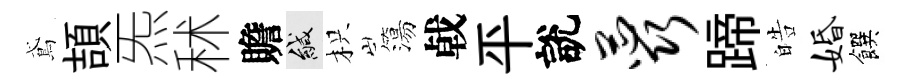
鳶頡炁秫贍緘枳簜㦸平說蕊蹄皓婚饌